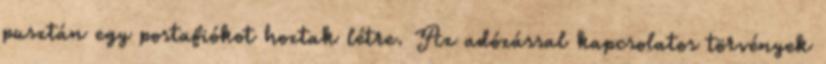
pusztán egy postafiókot hoztak létre. Az adózással kapcsolatos törvények